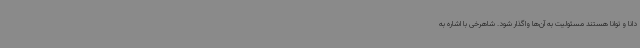
دانا و توانا هستند مسئولیت به آن‌ها واگذار شود. شاهرخی با اشاره به